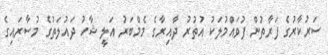
ސަރުކާރުގެ ފަރާތުން ފުވައްމުލަކު އުތުރު ދާއިރާގެ މެމްބަރު އަލީ ޝާހު ދައުލަތުގެ މުސާރައިގެ